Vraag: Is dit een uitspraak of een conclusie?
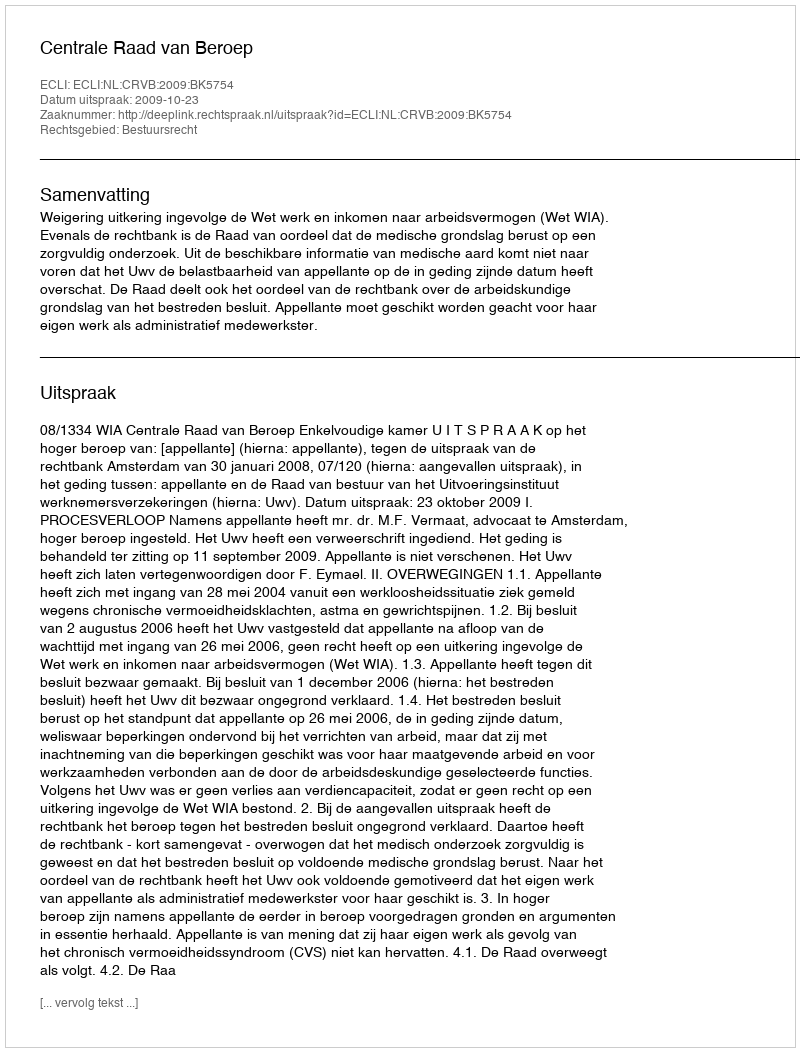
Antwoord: Uitspraak